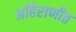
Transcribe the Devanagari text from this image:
अहिराणीत